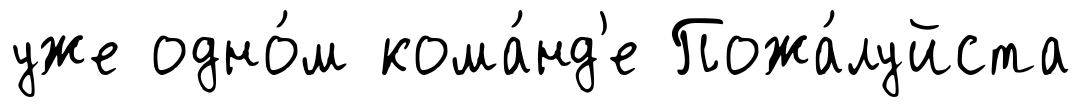
уже одно́м кома́нд'е Пожа́луйста